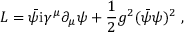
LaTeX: { \cal L } = \bar { \psi } \mathrm { i } \gamma ^ { \mu } \partial _ { \mu } \psi + \frac { 1 } { 2 } g ^ { 2 } ( \bar { \psi } \psi ) ^ { 2 } \ ,